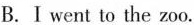
B.Ⅰ went to the zoo.